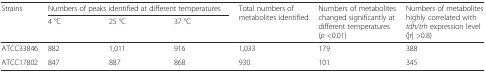
| <ROWSPAN=2> Strains | <COLSPAN=3> Numbers of peaks identified at different temperatures | <ROWSPAN=2> Total numbers of metabolites identified | <ROWSPAN=2> Numbers of metabolites changed significantly at different temperatures (p <0.01) | <ROWSPAN=2> Numbers of metabolites highly correlated with tdh/trh expression level (|r| >0.8) |
 | 4 °C | 25 °C | 37 °C |
 | --- | --- | --- | --- | --- | --- | --- |
 | ATCC33846 | 882 | 1,011 | 916 | 1,033 | 179 | 388 |
 | ATCC17802 | 847 | 887 | 868 | 930 | 101 | 345 |